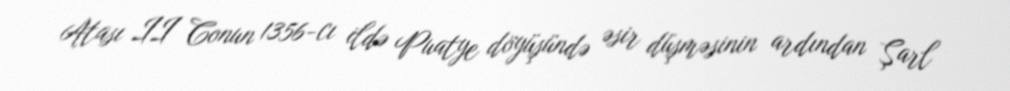
Atası II Conun 1356-cı ildə Puatye döyüşündə əsir düşməsinin ardından Şarl